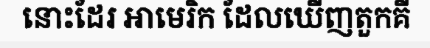
នោះដែរ អាមេរិក ដែលឃើញតួកគី